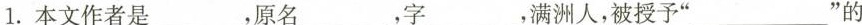
1.本文作者是_______，原名_______，字___，满洲人，被授予”________”的